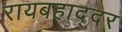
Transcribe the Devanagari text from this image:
रायबहाद्दर